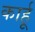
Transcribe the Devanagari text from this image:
कार्हू